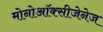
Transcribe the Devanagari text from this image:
मोनोऑक्सीजेनेज